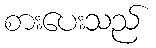
စားပေးသည်